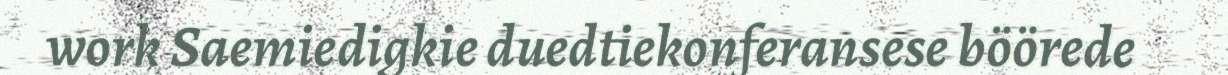
work Saemiedigkie duedtiekonferansese böörede